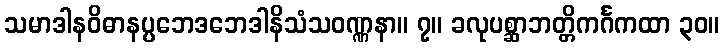
သမာဒါနဝိဓာနပ္ပဘေဒဘေဒါနိသံသဝဏ္ဏနာ။ ၇။ ခလုပစ္ဆာဘတ္တိကင်္ဂကထာ ၃၀။